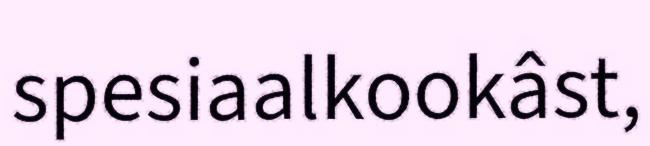
spesiaalkookâst,